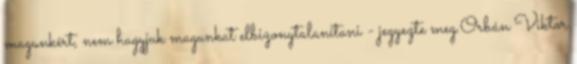
magunkért, nem hagyjuk magunkat elbizonytalanítani - jegyezte meg.Orbán Viktor